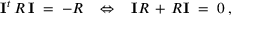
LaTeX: { \mathbf I } ^ { t } \, R \, { \mathbf I } \; = \; - R \; \; \; \Leftrightarrow \; \; \; { \mathbf I } R \, + \, R { \mathbf I } \; = \; 0 \; ,